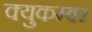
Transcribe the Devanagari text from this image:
क्युकम्बर